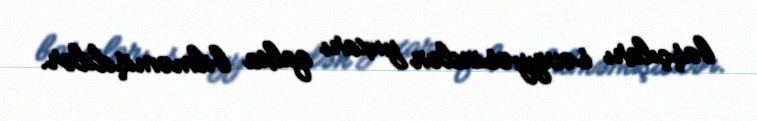
başçıları səviyyəsindən yuxarı qalxa bilməmişdilər.